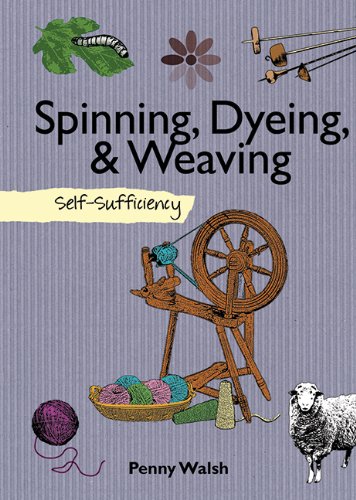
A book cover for Spinning, Dyeing & Weaving: Self-Sufficiency (The Self-Sufficiency Series); Penny Walsh; Crafts, Hobbies & Home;